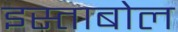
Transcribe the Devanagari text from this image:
इस्ताबोल